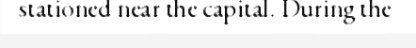
stationed near the capital. During the